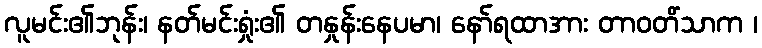
လူမင်း၏ဘုန်း၊ နတ်မင်းရှုံး၏ တနှုန်းနေပမာ၊ နော်ရထာအား တာဝတိံသာက ၊